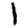
Digit: 1